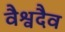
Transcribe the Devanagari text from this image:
वैश्वदैव